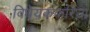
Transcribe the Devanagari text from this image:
विधेयककरिता